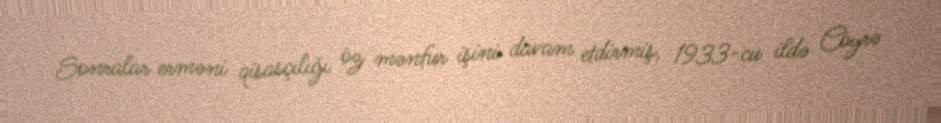
Sonralar erməni qisasçılığı öz mənfur işini davam etdirmiş, 1933-cu ildə Cöyrə